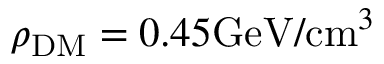
\rho _ { \mathrm { D M } } = 0 . 4 5 \mathrm { G e V } / \mathrm { c m } ^ { 3 }